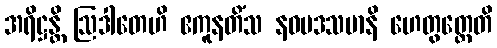
အရိဋ္ဌန္တိ ဩဒါတေဟိ ဧကူနတိံသ နဝမဒသမာနိ ဟေတွတ္ထေတိ